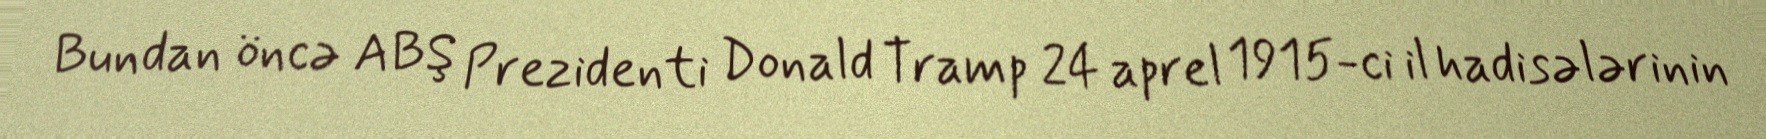
Bundan öncə ABŞ Prezidenti Donald Tramp 24 aprel 1915-ci il hadisələrinin